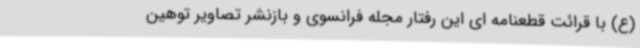
(ع) با قرائت قطعنامه ای این رفتار مجله فرانسوی و بازنشر تصاویر توهین